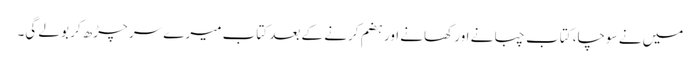
میں نے سوچا، کتاب چبانے اور کھانے اور ہضم کرنے کے بعد کتاب میرے سر چڑھ کر بولے گی۔